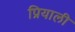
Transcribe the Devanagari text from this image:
प्रियाली